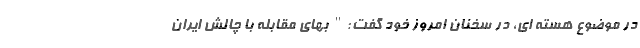
در موضوع هسته ای، در سخنان امروز خود گفت:" بهای مقابله با چالش ایران